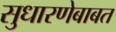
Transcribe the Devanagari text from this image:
सुधारणेबाबत